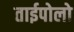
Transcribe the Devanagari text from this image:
ताईपोलो